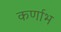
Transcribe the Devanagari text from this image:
कर्णाभ